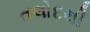
તલોદથી